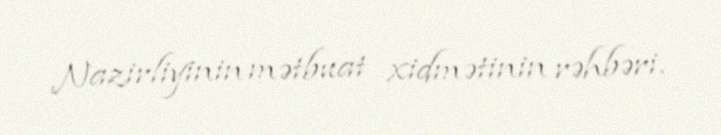
Nazirliyinin mətbuat xidmətinin rəhbəri.